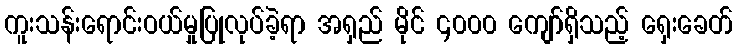
ကူးသန်းရောင်းဝယ်မှုပြုလုပ်ခဲ့ရာ အရှည် မိုင် ၄၀၀၀ ကျော်ရှိသည့် ရှေးခေတ်